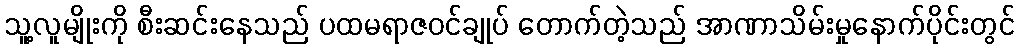
သူ့လူမျိုးကို စီးဆင်းနေသည် ပထမရာဇဝင်ချုပ် တောက်တဲ့သည် အာဏာသိမ်းမှုနောက်ပိုင်းတွင်